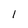
Character: 1